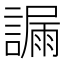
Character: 𧫞